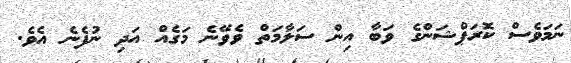
ނަމަވެސް ކޮރަޕްޝަންގެ ވަބާ އިން ސަލާމަތް ވެވޭނެ މަގެއް އަދި ނުފެނެ އެވެ.